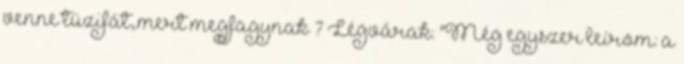
venne tüzifát,.mert megfagynak ? Légvárak: "Még egyszer leírom: a